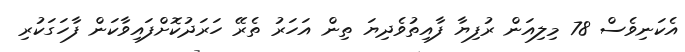
އެކަނިވެސް 78 މިލިއަން ރުފިޔާ ފާއިތުވެދިޔަ ތިން އަހަރު ތެރޭ ހަރަދުކޮށްފައިވާކަން ފާހަގަކުރި